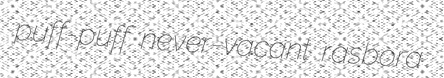
puff-puff never-vacant rasbora